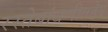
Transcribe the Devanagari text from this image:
रस्तेबांधणीतहेए